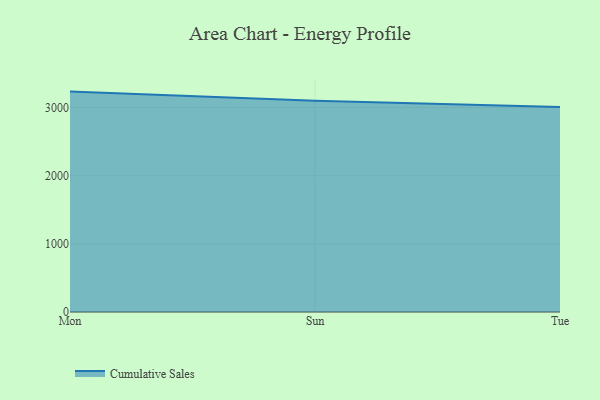
{"axis": {"x": "Day", "y": "Budget (USD K)"}, "legend": ["Cumulative Sales"], "data": [{"x": "Mon", "y": 3233.8, "type": "Cumulative Sales"}, {"x": "Sun", "y": 3100.9, "type": "Cumulative Sales"}, {"x": "Tue", "y": 3009.1, "type": "Cumulative Sales"}]}